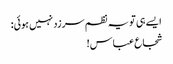
ایسے ہی تو یہ نظم سرزد نہیں ہوئی:
شجاع عباس!